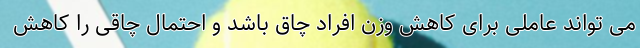
می‌ تواند عاملی برای کاهش وزن افراد چاق باشد و احتمال چاقی را کاهش